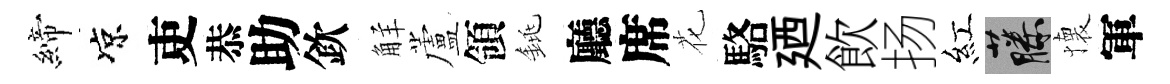
締凉吏恭助欽觧蘆領銚廳席花駱廼飲扬紅藤懐軍